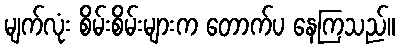
မျက်လုံး စိမ်းစိမ်းများက တောက်ပ နေကြသည်။